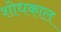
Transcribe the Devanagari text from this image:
शोधकाल